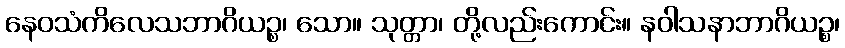
နေဝသံကိလေသဘာဂိယဉ္စ၊ သော။ သုတ္တာ၊ တို့လည်းကောင်း။ နဝါသနာဘာဂိယဉ္စ၊